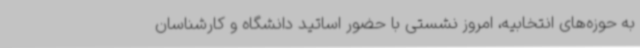
به حوزه‌های انتخابیه، امروز نشستی با حضور اساتید دانشگاه و کارشناسان